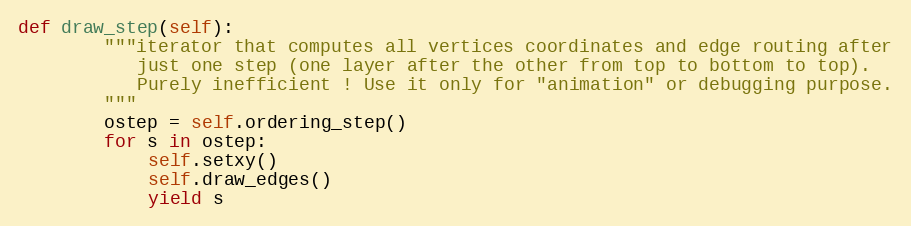
Language: Python
def draw_step(self):
        """iterator that computes all vertices coordinates and edge routing after
           just one step (one layer after the other from top to bottom to top).
           Purely inefficient ! Use it only for "animation" or debugging purpose.
        """
        ostep = self.ordering_step()
        for s in ostep:
            self.setxy()
            self.draw_edges()
            yield s